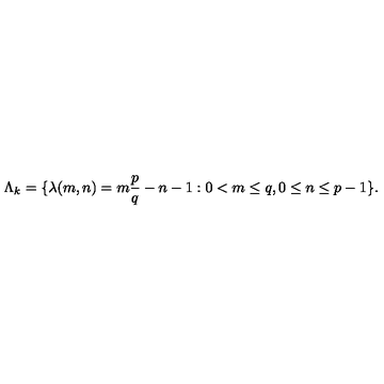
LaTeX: \Lambda _ { k } = \{ \lambda ( m , n ) = m \frac { p } { q } - n - 1 : 0 < m \leq q , 0 \leq n \leq p - 1 \} .